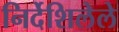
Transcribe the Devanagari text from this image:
निर्देशिलेले